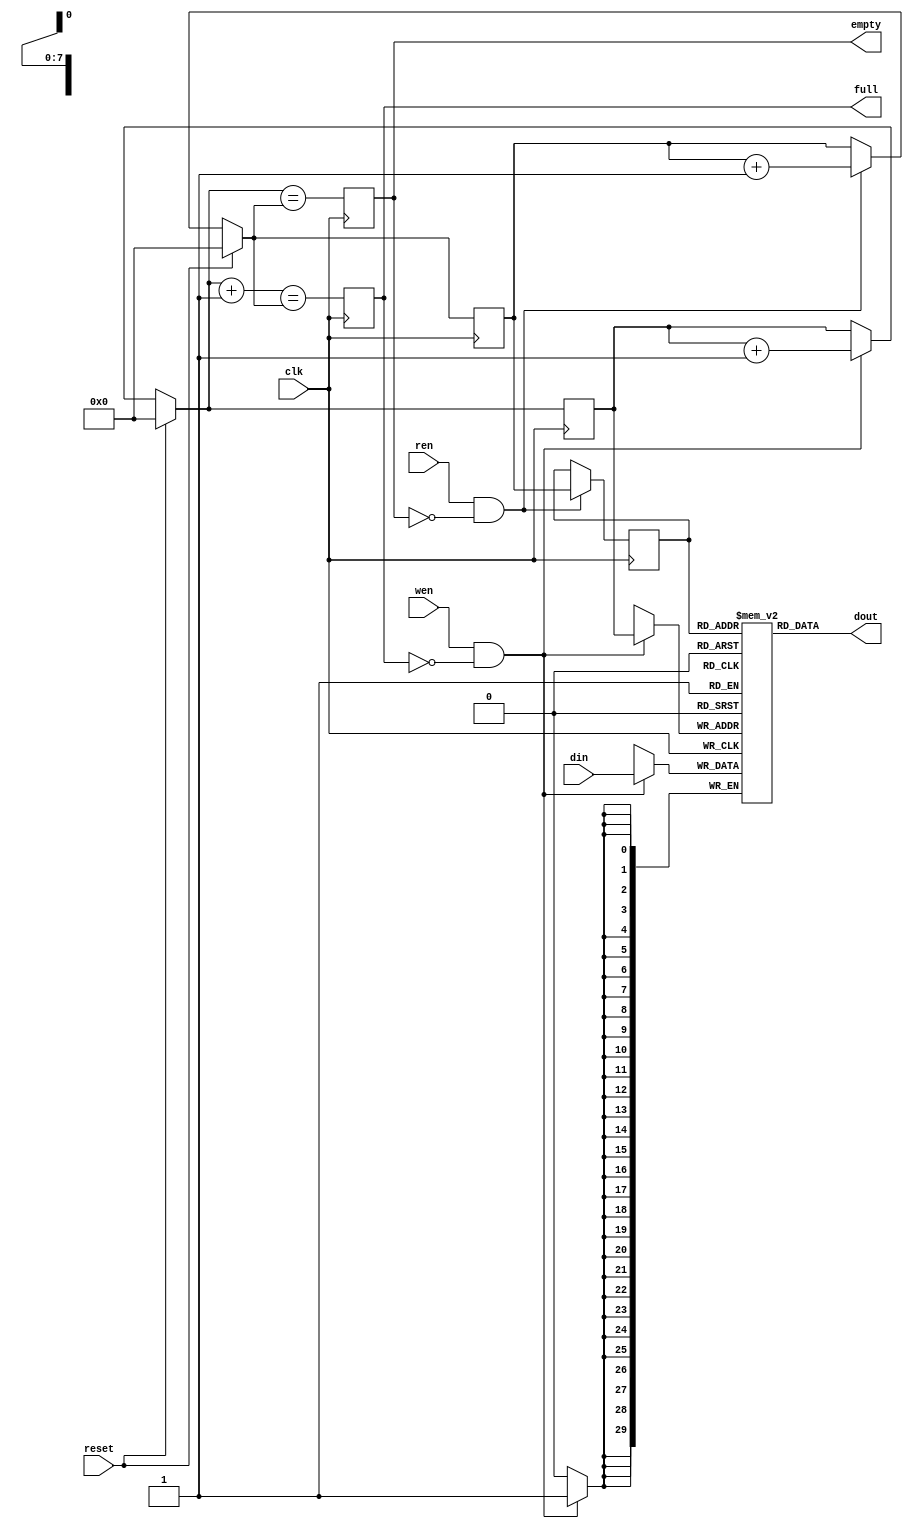
// This  Verilog HDL  source  file was  automatically generated
// by C++ model based on VPP library. Modification of this file
// is possible, but if you want to keep it in sync with the C++
// model,  please  modify  the model and re-generate this file.
// VPP library web-page: http://www.phys.ufl.edu/~madorsky/vpp/

// Timestamp : Mon Apr 25 18:06:17 2022

module l1a_fifo
(
    din,
    dout,
    wen,
    ren,
    reset,
    empty,
    full,
    clk
);

    input [29:0] din;
    output [29:0] dout;
    input wen;
    input ren;
    input reset;
    output empty;
    reg    empty;
    output full;
    reg    full;
    input clk;

    reg [29:0] mem [255:0];
    // synthesis attribute ram_style of mem is block
    reg [7:0] waddr;
    reg [7:0] raddr;
    reg [7:0] raddrr;
    always @(posedge clk) 
    begin
        if (wen && (!full)) 
        begin
            mem[waddr] = din;
            waddr = waddr + 1;
        end
        if (ren && (!empty)) 
        begin
            raddrr = raddr;
            raddr = raddr + 1;
        end
        if (reset) 
        begin
            waddr = 0;
            raddr = 0;
        end
        full = (waddr + 1) == raddr;
        empty = waddr == raddr;
    end
    assign dout = mem[raddrr];
endmodule